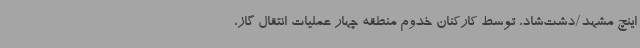
اینچ مشهد/دشت‌شاد، توسط کارکنان خدوم منطقه چهار عملیات انتقال گاز،